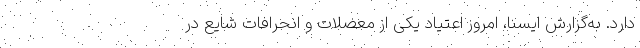
دارد. به‌گزارش ایسنا، امروز اعتیاد یکی از معضلات و انحرافات شایع در